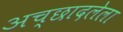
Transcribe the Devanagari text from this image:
अच्छादलेला